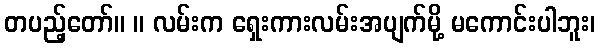
တပည့်တော်။ ။ လမ်းက ရှေးကားလမ်းအပျက်မို့ မကောင်းပါဘူး၊